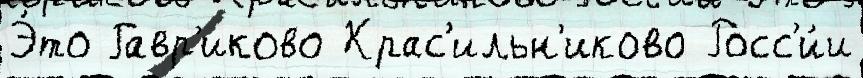
Э́то Гавр'иково Крас'ильн'иково Росс'и́и